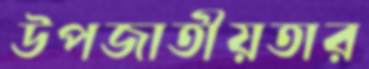
উপজাতীয়তার